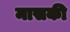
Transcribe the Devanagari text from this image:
मासकी